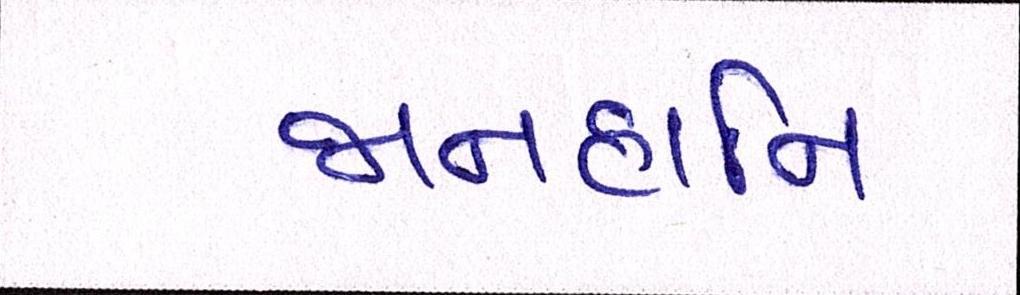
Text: જાનહાનિ